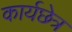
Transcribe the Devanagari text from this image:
कार्यछेत्र